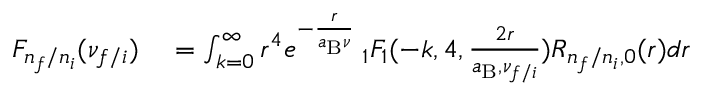
\begin{array} { r l } { F _ { n _ { f } / n _ { i } } ( \nu _ { f / i } ) } & { { } = \int _ { k = 0 } ^ { \infty } r ^ { 4 } e ^ { - \frac { r } { a _ { \mathrm { B } } \nu } } \: _ { 1 } F _ { 1 } ( - k , 4 , \frac { 2 r } { a _ { \mathrm { B } } , \nu _ { f / i } } ) R _ { n _ { f } / n _ { i } , 0 } ( r ) d r } \end{array}